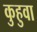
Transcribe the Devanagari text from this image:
कुहुवा